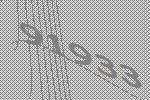
91933